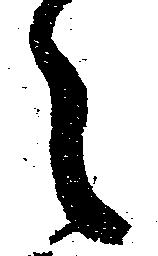
々